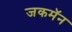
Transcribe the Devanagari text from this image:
जकमॅन